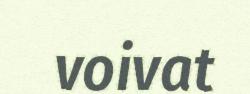
voivat